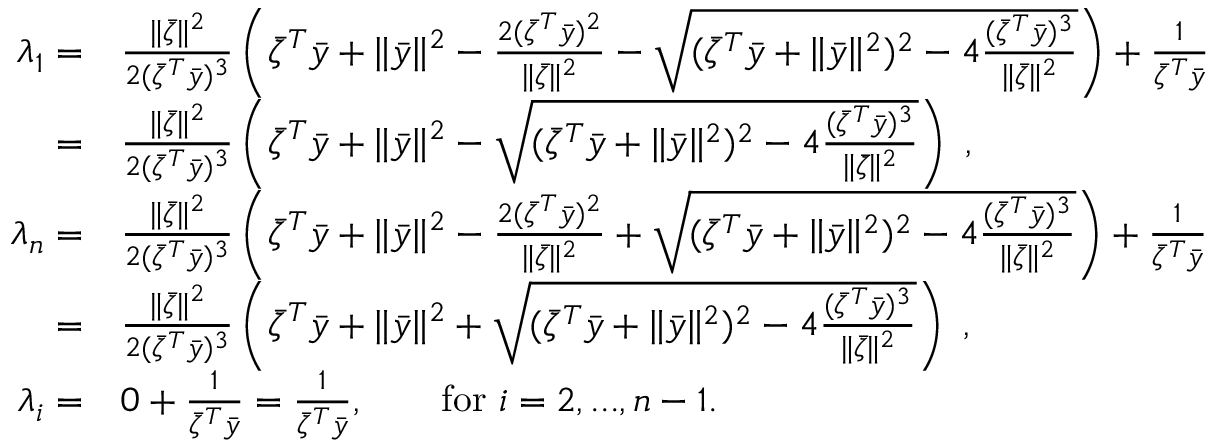
\begin{array} { r l } { \lambda _ { 1 } = } & { \frac { \| \bar { \zeta } \| ^ { 2 } } { 2 ( \bar { \zeta } ^ { T } \bar { y } ) ^ { 3 } } \left( \bar { \zeta } ^ { T } \bar { y } + \| \bar { y } \| ^ { 2 } - \frac { 2 ( \bar { \zeta } ^ { T } \bar { y } ) ^ { 2 } } { \| \bar { \zeta } \| ^ { 2 } } - \sqrt { ( \bar { \zeta } ^ { T } \bar { y } + \| \bar { y } \| ^ { 2 } ) ^ { 2 } - 4 \frac { ( \bar { \zeta } ^ { T } \bar { y } ) ^ { 3 } } { \| \bar { \zeta } \| ^ { 2 } } } \right) + \frac { 1 } { \bar { \zeta } ^ { T } \bar { y } } } \\ { = } & { \frac { \| \bar { \zeta } \| ^ { 2 } } { 2 ( \bar { \zeta } ^ { T } \bar { y } ) ^ { 3 } } \left( \bar { \zeta } ^ { T } \bar { y } + \| \bar { y } \| ^ { 2 } - \sqrt { ( \bar { \zeta } ^ { T } \bar { y } + \| \bar { y } \| ^ { 2 } ) ^ { 2 } - 4 \frac { ( \bar { \zeta } ^ { T } \bar { y } ) ^ { 3 } } { \| \bar { \zeta } \| ^ { 2 } } } \right) \ , } \\ { \lambda _ { n } = } & { \frac { \| \bar { \zeta } \| ^ { 2 } } { 2 ( \bar { \zeta } ^ { T } \bar { y } ) ^ { 3 } } \left( \bar { \zeta } ^ { T } \bar { y } + \| \bar { y } \| ^ { 2 } - \frac { 2 ( \bar { \zeta } ^ { T } \bar { y } ) ^ { 2 } } { \| \bar { \zeta } \| ^ { 2 } } + \sqrt { ( \bar { \zeta } ^ { T } \bar { y } + \| \bar { y } \| ^ { 2 } ) ^ { 2 } - 4 \frac { ( \bar { \zeta } ^ { T } \bar { y } ) ^ { 3 } } { \| \bar { \zeta } \| ^ { 2 } } } \right) + \frac { 1 } { \bar { \zeta } ^ { T } \bar { y } } } \\ { = } & { \frac { \| \bar { \zeta } \| ^ { 2 } } { 2 ( \bar { \zeta } ^ { T } \bar { y } ) ^ { 3 } } \left( \bar { \zeta } ^ { T } \bar { y } + \| \bar { y } \| ^ { 2 } + \sqrt { ( \bar { \zeta } ^ { T } \bar { y } + \| \bar { y } \| ^ { 2 } ) ^ { 2 } - 4 \frac { ( \bar { \zeta } ^ { T } \bar { y } ) ^ { 3 } } { \| \bar { \zeta } \| ^ { 2 } } } \right) \ , } \\ { \lambda _ { i } = } & { 0 + \frac { 1 } { \bar { \zeta } ^ { T } \bar { y } } = \frac { 1 } { \bar { \zeta } ^ { T } \bar { y } } , \qquad \mathrm { f o r ~ } i = 2 , . . . , n - 1 . } \end{array}